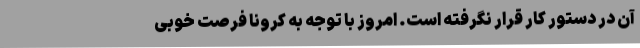
آن در دستور کار قرار نگرفته است. امروز با توجه به کرونا فرصت خوبی